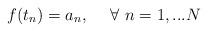
LaTeX: \begin{align*} f(t_n) = a_n, ~~~~\forall~n=1,...N \end{align*}